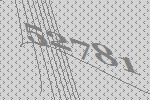
52781